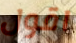
اقول